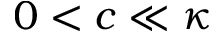
0 < c \ll \kappa